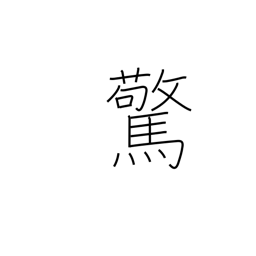
Meaning: frightened